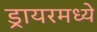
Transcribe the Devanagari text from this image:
ड्रायरमध्ये